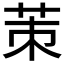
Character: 茦